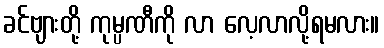
ခင်ဗျားတို့ ကုမ္ပဏီကို လာ လေ့လာလို့ရမလား။